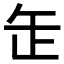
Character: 𦈢